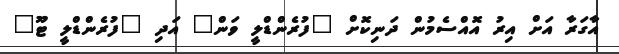
އާގަރާ އަށް އިރު އޮއްސެމުން ދަނިކޮށް "ފުރެންޑްލީ ވަން" އަދި "ފުރެންޑްލީ ޓޫ"